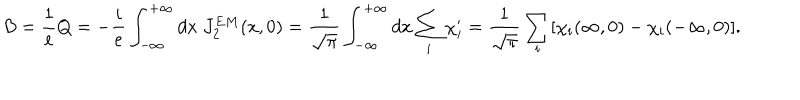
B = \frac { 1 } { e } Q = - \frac { i } { e } \int _ { - \infty } ^ { + \infty } d x ~ J _ { 2 } ^ { E M } ( x , 0 ) = \frac { 1 } { \sqrt { \pi } } \int _ { - \infty } ^ { + \infty } d x \sum _ { i } \chi _ { i } ^ { \prime } = \frac { 1 } { \sqrt { \pi } } \sum _ { i } [ \chi _ { i } ( \infty , 0 ) - \chi _ { i } ( - \infty , 0 ) ] .